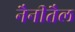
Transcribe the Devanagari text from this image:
नैनीतैल